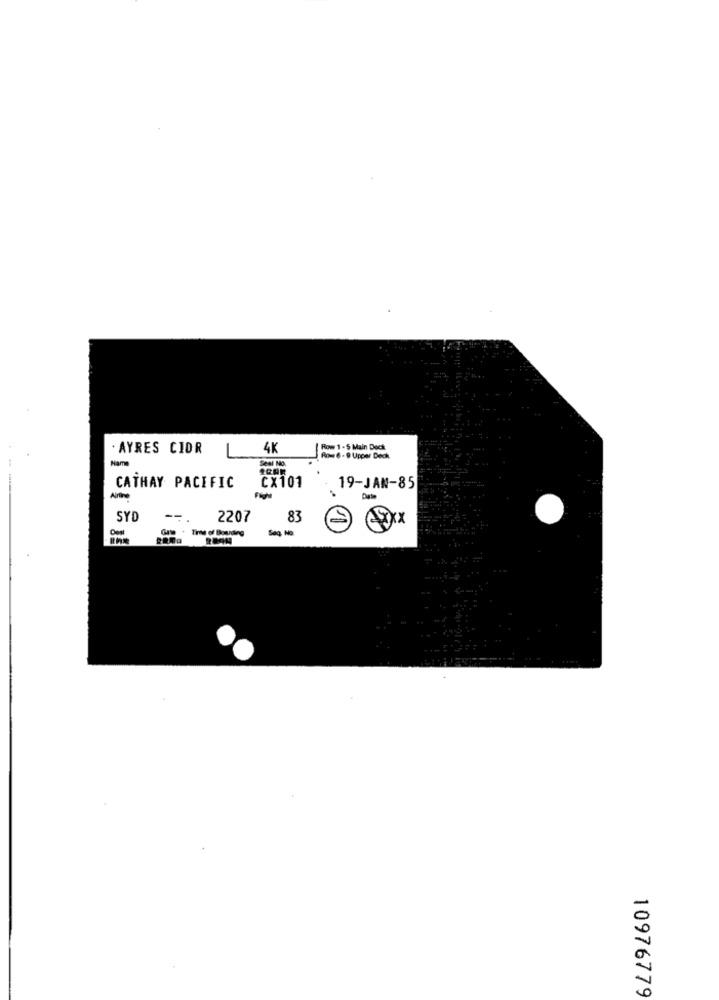
AYRES CIDR
4K
ow 1-5 Main Doch
Name
Seal No.
one - @ Upper Deck
SCAR
CATHAY PACIFIC
CX 101
19-JAN-85
SYD
--
2207
83
@XXX
Gru . Tras of Bounding
Sag. No
10976779